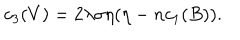
LaTeX: c _ { 3 } ( V ) = 2 \lambda \sigma \eta ( \eta - n c _ { 1 } ( B ) ) .